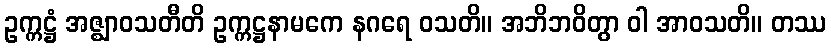
ဥက္ကဋ္ဌံ အဇ္ဈာဝသတီတိ ဥက္ကဋ္ဌနာမကေ နဂရေ ဝသတိ။ အဘိဘဝိတွာ ဝါ အာဝသတိ။ တဿ